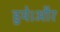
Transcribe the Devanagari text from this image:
हुये।और